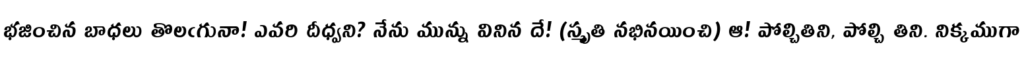
భజించిన బాధలు తొలఁగునా! ఎవరి దీధ్వని? నేను మున్ను వినిన దే! (స్మృతి నభినయించి) ఆ! పోల్చితిని, పోల్చి తిని. నిక్కముగా